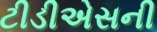
ટીડીએસની